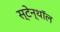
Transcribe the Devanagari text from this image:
स्टेन्थॉल